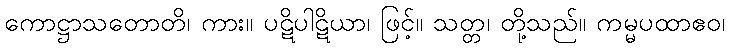
ကောဋ္ဌာသတောတိ၊ ကား။ ပဋိပါဋိယာ၊ ဖြင့်။ သတ္တ၊ တို့သည်။ ကမ္မပထာဧဝ၊